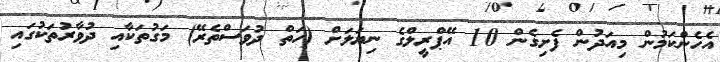
އެހެންކަމުން މިއަދުން ފެށިގެން 10 އޭޕްރީލްގެ ނިޔަލަށް (ހަތް ދުވަސްތެރޭ) މަގުތަކާއި ދުވާރުތަކުގައި